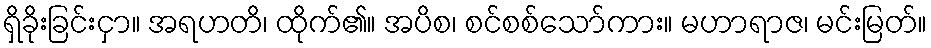
ရှိခိုးခြင်းငှာ။ အရဟတိ၊ ထိုက်၏။ အပိစ၊ စင်စစ်သော်ကား။ မဟာရာဇ၊ မင်းမြတ်။